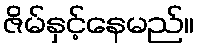
ဇိမ်နှင့်နေမည်။